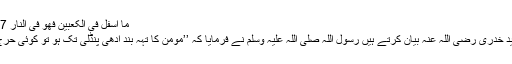
ما اسفل فی الکعبین فھو فی النار 5787)
ابو سعید خدری رضی اللہ عنہ بیان کرتے ہیں رسول اللہ صلی اللہ علیہ وسلم نے فرمایا کہ ’’مومن کا تہہ بند آدھی پنڈلی تک ہو تو کوئی حرج نہیں۔